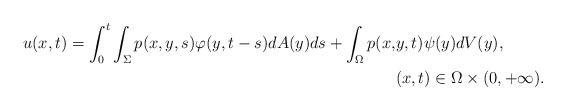
\begin{align*}u(x,t)=\int_0^t\int_\Sigma p(x,y,s)\varphi (y,t-s)dA(y)ds+\int_\Omega p(x,&y,t)\psi (y)dV(y),\\ &(x,t)\in \Omega \times (0,+\infty ).\end{align*}